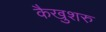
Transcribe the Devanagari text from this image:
कैखुशरु